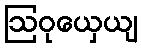
ဩဝုယှေယျ